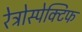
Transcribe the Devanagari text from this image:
रेट्रोस्‍पेक्टिफ